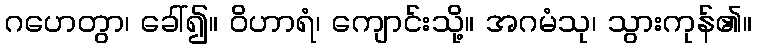
ဂဟေတွာ၊ ခေါ်၍။ ဝိဟာရံ၊ ကျောင်းသို့။ အဂမံသု၊ သွားကုန်၏။